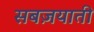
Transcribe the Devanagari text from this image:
सबज़याती